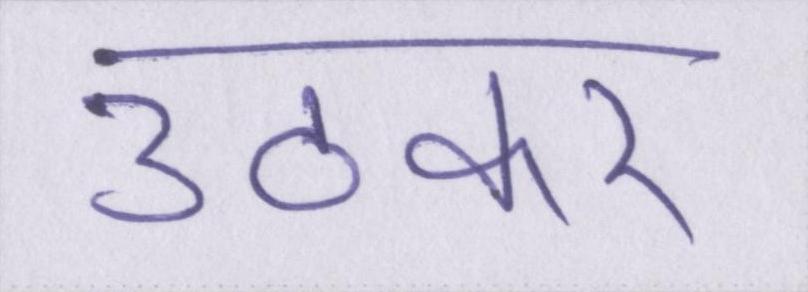
उठकर